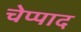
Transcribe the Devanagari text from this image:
चेप्पाद